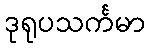
ဒုရုပသင်္ကမာ